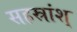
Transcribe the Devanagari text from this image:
सहस्रांश्